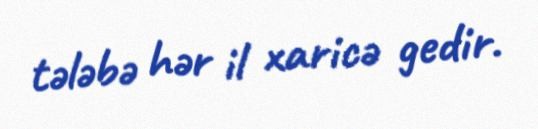
tələbə hər il xaricə gedir.